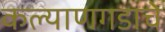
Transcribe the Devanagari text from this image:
कल्याणगडाचे